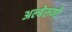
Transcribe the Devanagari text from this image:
अल्बेरुणी